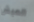
العيش